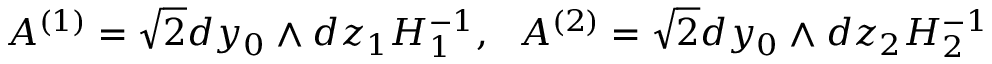
{ \cal A } ^ { ( 1 ) } = \sqrt { 2 } d y _ { 0 } \wedge d z _ { 1 } H _ { 1 } ^ { - 1 } , ~ ~ { \cal A } ^ { ( 2 ) } = \sqrt { 2 } d y _ { 0 } \wedge d z _ { 2 } H _ { 2 } ^ { - 1 }